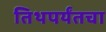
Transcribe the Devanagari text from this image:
तिथपर्यंतचा